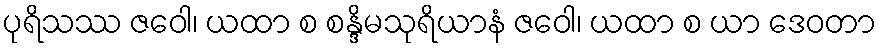
ပုရိသဿ ဇဝေါ၊ ယထာ စ စန္ဒိမသုရိယာနံ ဇဝေါ၊ ယထာ စ ယာ ဒေဝတာ